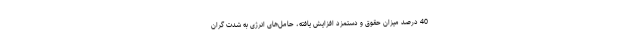
40 درصد میزان حقوق و دستمزد افزایش یافته، حامل‌های انرژی به شدت گران